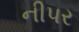
નીપર